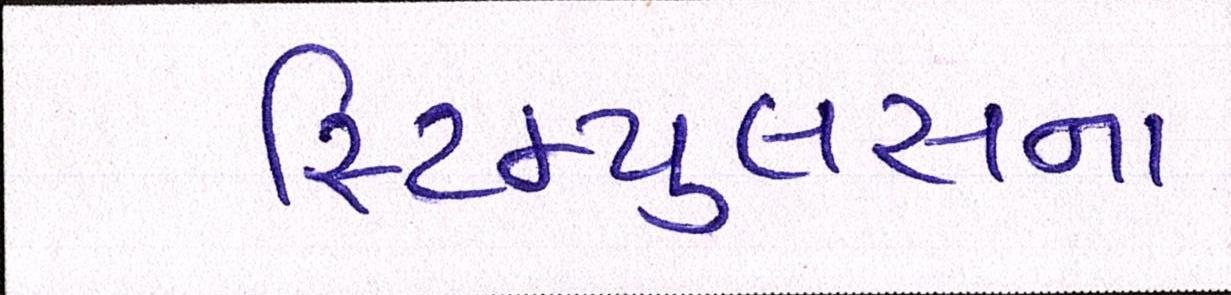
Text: સ્ટિમ્યુલસના